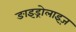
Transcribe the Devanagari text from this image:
ङाइड्रोलाइज़